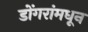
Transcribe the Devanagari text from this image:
डोंगरांमधून